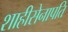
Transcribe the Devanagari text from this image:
शाहीसेनापति